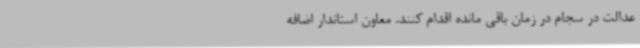
عدالت در سجام در زمان باقی مانده اقدام‌ کنند. معاون استاندار اضافه